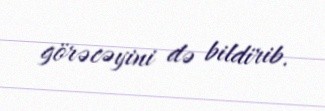
görəcəyini də bildirib.